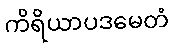
ကိရိယာပဒမေတံ